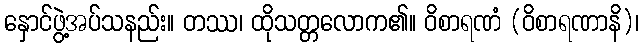
နှောင်ဖွဲ့အပ်သနည်း။ တဿ၊ ထိုသတ္တလောက၏။ ဝိစာရဏံ (ဝိစာရဏာနိ)၊